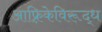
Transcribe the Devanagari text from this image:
आफ़्रिकेविरूद्ध